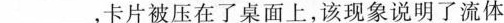
___，卡片被压在了桌面上，该现象说明了流体